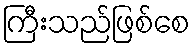
ကြီးသည်ဖြစ်စေ